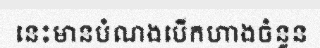
នេះមានបំណងបើកហាងចំនួន